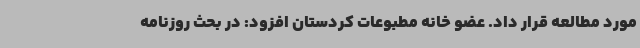
مورد مطالعه قرار داد. عضو خانه مطبوعات کردستان افزود: در بحث روزنامه